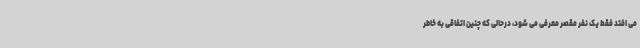
می افتد فقط یک نفر مقصر معرفی می شود، درحالی که چنین اتفاقی به خاطر